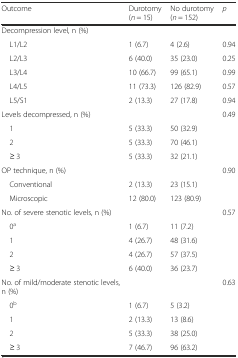
| Outcome | Durotomy (n = 15) | No durotomy (n = 152) | p |
 | --- | --- | --- | --- |
 | <COLSPAN=4> Decompression level, n (%) |
 | L1/L2 | 1 (6.7) | 4 (2.6) | 0.94 |
 | L2/L3 | 6 (40.0) | 35 (23.0) | 0.25 |
 | L3/L4 | 10 (66.7) | 99 (65.1) | 0.99 |
 | L4/L5 | 11 (73.3) | 126 (82.9) | 0.57 |
 | L5/S1 | 2 (13.3) | 27 (17.8) | 0.94 |
 | Levels decompressed, n (%) |  |  | 0.49 |
 | 1 | 5 (33.3) | 50 (32.9) |  |
 | 2 | 5 (33.3) | 70 (46.1) |  |
 | ≥ 3 | 5 (33.3) | 32 (21.1) |  |
 | OP technique, n (%) |  |  | 0.90 |
 | Conventional | 2 (13.3) | 23 (15.1) |  |
 | Microscopic | 12 (80.0) | 123 (80.9) |  |
 | No. of severe stenotic levels, n (%) |  |  | 0.57 |
 | 0a | 1 (6.7) | 11 (7.2) |  |
 | 1 | 4 (26.7) | 48 (31.6) |  |
 | 2 | 4 (26.7) | 57 (37.5) |  |
 | ≥ 3 | 6 (40.0) | 36 (23.7) |  |
 | No. of mild/moderate stenotic levels, n (%) |  |  | 0.63 |
 | 0b | 1 (6.7) | 5 (3.2) |  |
 | 1 | 2 (13.3) | 13 (8.6) |  |
 | 2 | 5 (33.3) | 38 (25.0) |  |
 | ≥ 3 | 7 (46.7) | 96 (63.2) |  |